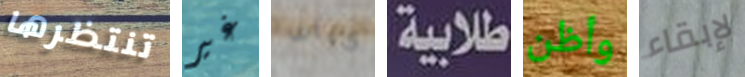
تنتظرها غير كراف طلابية وأظن لإبقاء